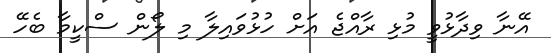
އޭނާ ވިދާޅުވީ މުޅި ރާއްޖެ އަށް ހުޅުވައިލާ މި ލޯން ސްކީމާ ބެހޭ